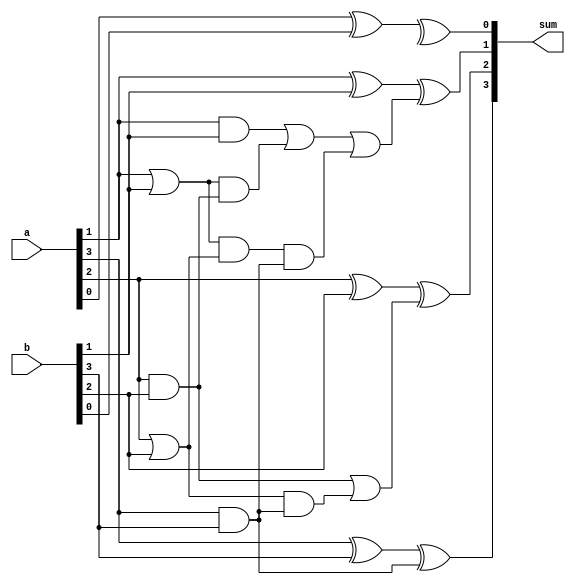
module brent_kung_adder(
    input [3:0] a,
    input [3:0] b,
    output [3:0] sum
);

wire [3:1] p; // carry-lookahead logic outputs
assign p[3] = a[3] & b[3];
assign p[2] = a[2] & b[2];
assign p[1] = a[1] & b[1];
assign p[0] = a[0] & b[0];

wire [3:1] g; // carry-lookahead logic outputs
assign g[3] = a[3] | b[3];
assign g[2] = a[2] | b[2];
assign g[1] = a[1] | b[1];
assign g[0] = a[0] | b[0];

wire [3:1] c; // intermediate carry signals
assign c[3] = p[3];
assign c[2] = p[2] | (g[2] & p[3]);
assign c[1] = p[1] | (g[1] & p[2]) | (g[1] & g[2] & p[3]);
assign c[0] = p[0] | (g[0] & p[1]) | (g[0] & g[1] & p[2]) | (g[0] & g[1] & g[2] & p[3]);

wire [3:0] s; // sum bits
assign s[0] = a[0] ^ b[0] ^ c[0];
assign s[1] = a[1] ^ b[1] ^ c[1];
assign s[2] = a[2] ^ b[2] ^ c[2];
assign s[3] = a[3] ^ b[3] ^ c[3];

assign sum = s;

endmodule